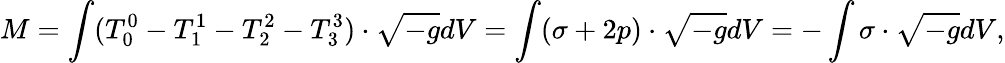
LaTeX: M=\int(T_{0}^{0}-T_{1}^{1}-T_{2}^{2}-T_{3}^{3})\cdot\sqrt{-g}dV=\int(\sigma+2p)\cdot\sqrt{-g}dV=-\int\sigma\cdot\sqrt{-g}dV,